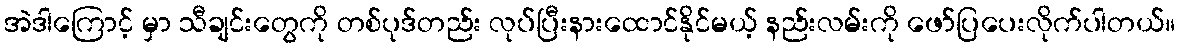
အဲဒါကြောင့် မှာ သီချင်းတွေကို တစ်ပုဒ်တည်း လုပ်ပြီးနားထောင်နိုင်မယ့် နည်းလမ်းကို ဖော်ပြပေးလိုက်ပါတယ်။